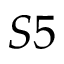
S 5